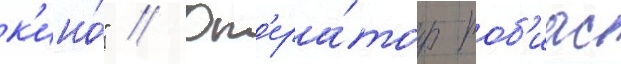
к'ино́" // Оп'ера́тор тоб'иас